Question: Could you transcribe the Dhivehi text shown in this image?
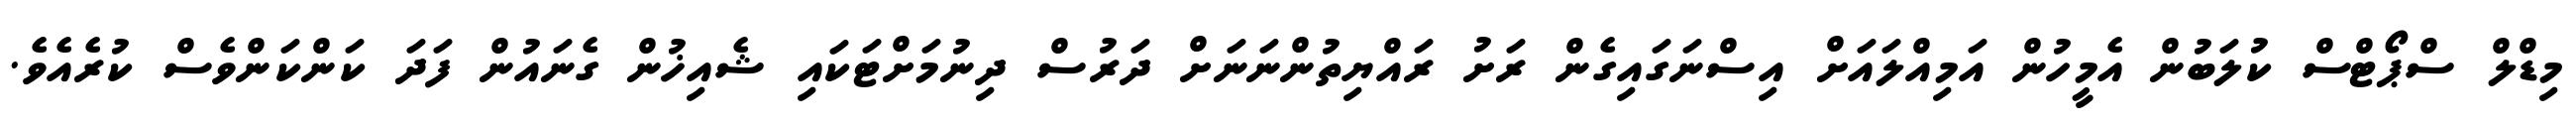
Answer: މިޑްލް ސްޕޯޓްސް ކުލަބުން އެމީހުން އަމިއްލައަށް އިސްނަގައިގެން ރަށު ރައްޔިތުންނަނަށް ދަރުސް ދިނުމަށްޓަކައި ޝެއިޚުން ގެނައުން ފަދަ ކަންކަންވެސް ކުރެއެވެ.